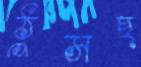
ঠুসছ